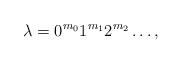
LaTeX: \begin{align*}\lambda = 0^{m_0} 1^{m_1} 2^{m_2} \dots,\end{align*}